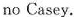
no Casey.